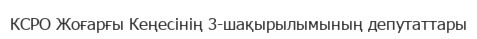
КСРО Жоғарғы Кеңесінің 3-шақырылымының депутаттары